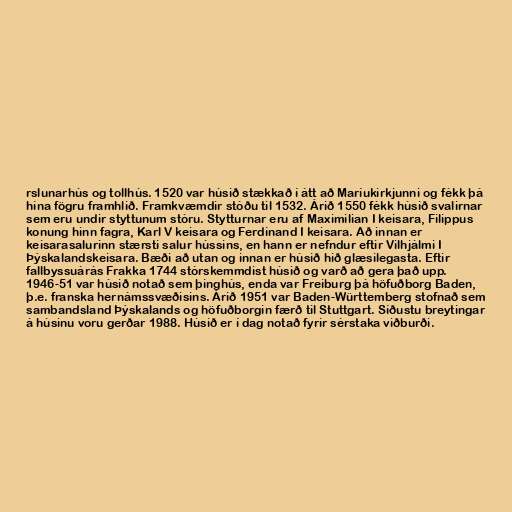
rslunarhús og tollhús. 1520 var húsið stækkað í átt að Maríukirkjunni og fékk þá
hina fögru framhlið. Framkvæmdir stóðu til 1532. Árið 1550 fékk húsið svalirnar
sem eru undir styttunum stóru. Stytturnar eru af Maximilian I keisara, Filippus
konung hinn fagra, Karl V keisara og Ferdinand I keisara. Að innan er
keisarasalurinn stærsti salur hússins, en hann er nefndur eftir Vilhjálmi I
Þýskalandskeisara. Bæði að utan og innan er húsið hið glæsilegasta. Eftir
fallbyssuárás Frakka 1744 stórskemmdist húsið og varð að gera það upp.
1946-51 var húsið notað sem þinghús, enda var Freiburg þá höfuðborg Baden,
þ.e. franska hernámssvæðisins. Árið 1951 var Baden-Württemberg stofnað sem
sambandsland Þýskalands og höfuðborgin færð til Stuttgart. Síðustu breytingar
á húsinu voru gerðar 1988. Húsið er í dag notað fyrir sérstaka viðburði.